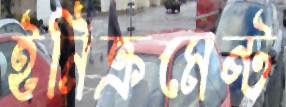
ইনিক্রমেন্ট